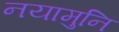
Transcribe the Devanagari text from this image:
नयामुनि